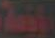
ادسة